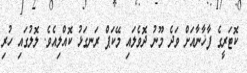
ކޮޓަރީގެ ފާޚާނާއަށް ވަދެ މޫނު ދޮވެލައި މޭކަޕް ރަނގަޅު ކޮއްލިއެވެ. ލޮލުގައި ހުރި